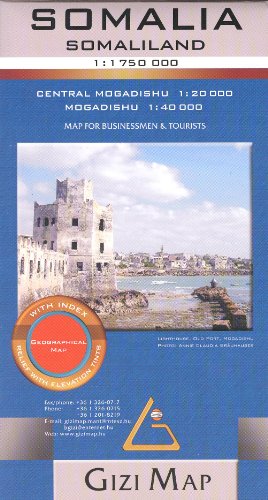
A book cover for Somalia 1:1,750,000 Travel Map with Mogadishu plan; G.Bassa; Travel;